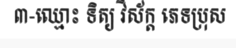
៣-ឈ្មោះ ទិត្យ វិស័ក្ត ភេទប្រុស